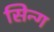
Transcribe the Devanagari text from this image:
सिन्ग